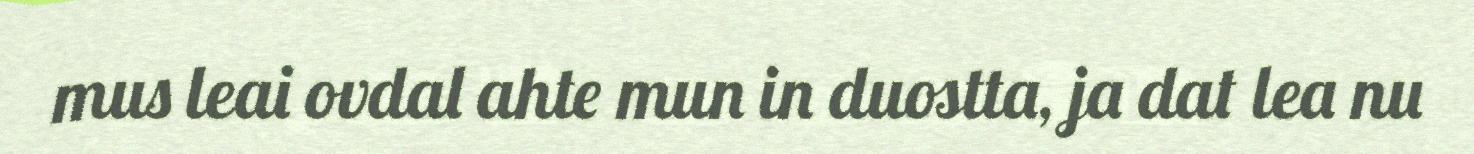
mus leai ovdal ahte mun in duostta, ja dat lea nu